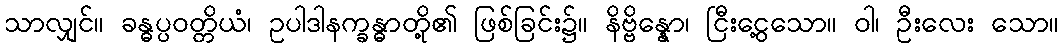
သာလျှင်။ ခန္ဓပ္ပဝတ္တိယံ၊ ဥပါဒါနက္ခန္ဓာတို့၏ ဖြစ်ခြင်း၌။ နိဗ္ဗိန္နော၊ ငြီးငွေ့သော။ ဝါ၊ ဦးလေး သော။